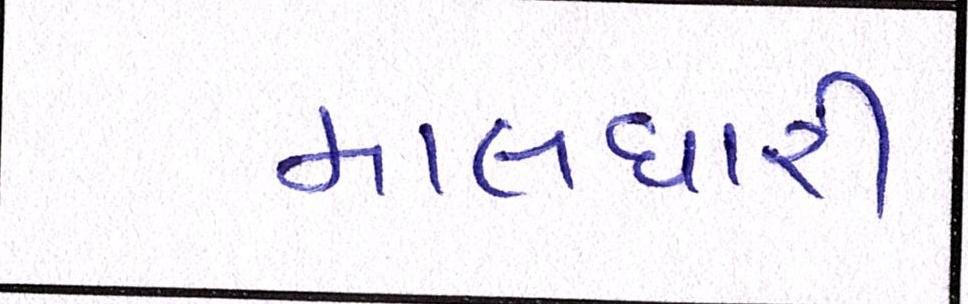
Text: માલધારી